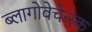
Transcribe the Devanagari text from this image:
ब्लागोवेचेन्स्क